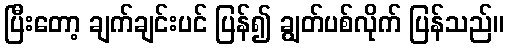
ပြီးတော့ ချက်ချင်းပင် ပြန်၍ ချွတ်ပစ်လိုက် ပြန်သည်။